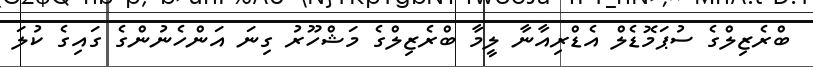
ބްރެޒިލްގެ ސުޕަމޮޑެލް އެޑްރިއާނާ ލީމާ ބްރެޒިލްގެ މަޝްހޫރު ގިނަ އަންހެނުންގެ ގައިގެ ކުލަ